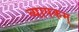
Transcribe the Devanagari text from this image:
व्यापकम्